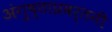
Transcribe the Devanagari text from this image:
अंगुष्ठाप्रवर्तनी